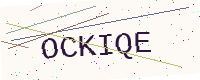
Text: OCKIQE